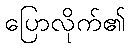
ပြောလိုက်၏